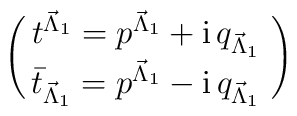
\left(\matrix { t^{{\vec {\Lambda}}_1}=p^{{\vec {\Lambda}}_1}+ {\rm i} \, q_{{\vec {\Lambda}}_1}\, \cr{\bar t}_{{\vec {\Lambda}}_1}=p^{{\vec {\Lambda}}_1}- {\rm i} \, q_{{\vec {\Lambda}}_1}\,\cr} \right)